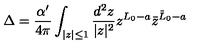
\Delta = { \frac { \alpha ^ { \prime } } { 4 \pi } } \int _ { | z | \leq 1 } { \frac { d ^ { 2 } z } { | z | ^ { 2 } } } z ^ { L _ { 0 } - a } \bar { z } ^ { \tilde { L } _ { 0 } - a }